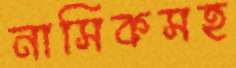
নাসিকসহ